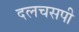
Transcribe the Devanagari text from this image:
दलचसपी